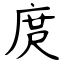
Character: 庹